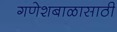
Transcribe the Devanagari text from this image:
गणेशबाळासाठी